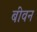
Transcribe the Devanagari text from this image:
बीवन